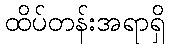
ထိပ်တန်းအရာရှိ